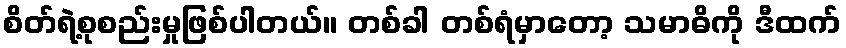
စိတ်ရဲ့စုစည်းမှုဖြစ်ပါတယ်။ တစ်ခါ တစ်ရံမှာတော့ သမာဓိကို ဒီထက်